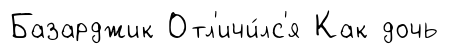
Базарджик Отл'ичи́лс'я Как дочь